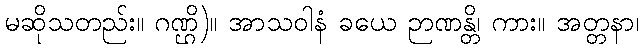
မဆိုသတည်း။ ဂဏ္ဌိ)။ အာသဝါနံ ခယေ ဉာဏန္တိ၊ ကား။ အတ္တနာ၊